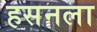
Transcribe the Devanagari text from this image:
हसनला